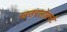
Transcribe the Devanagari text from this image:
जनरलोबर्स्ट